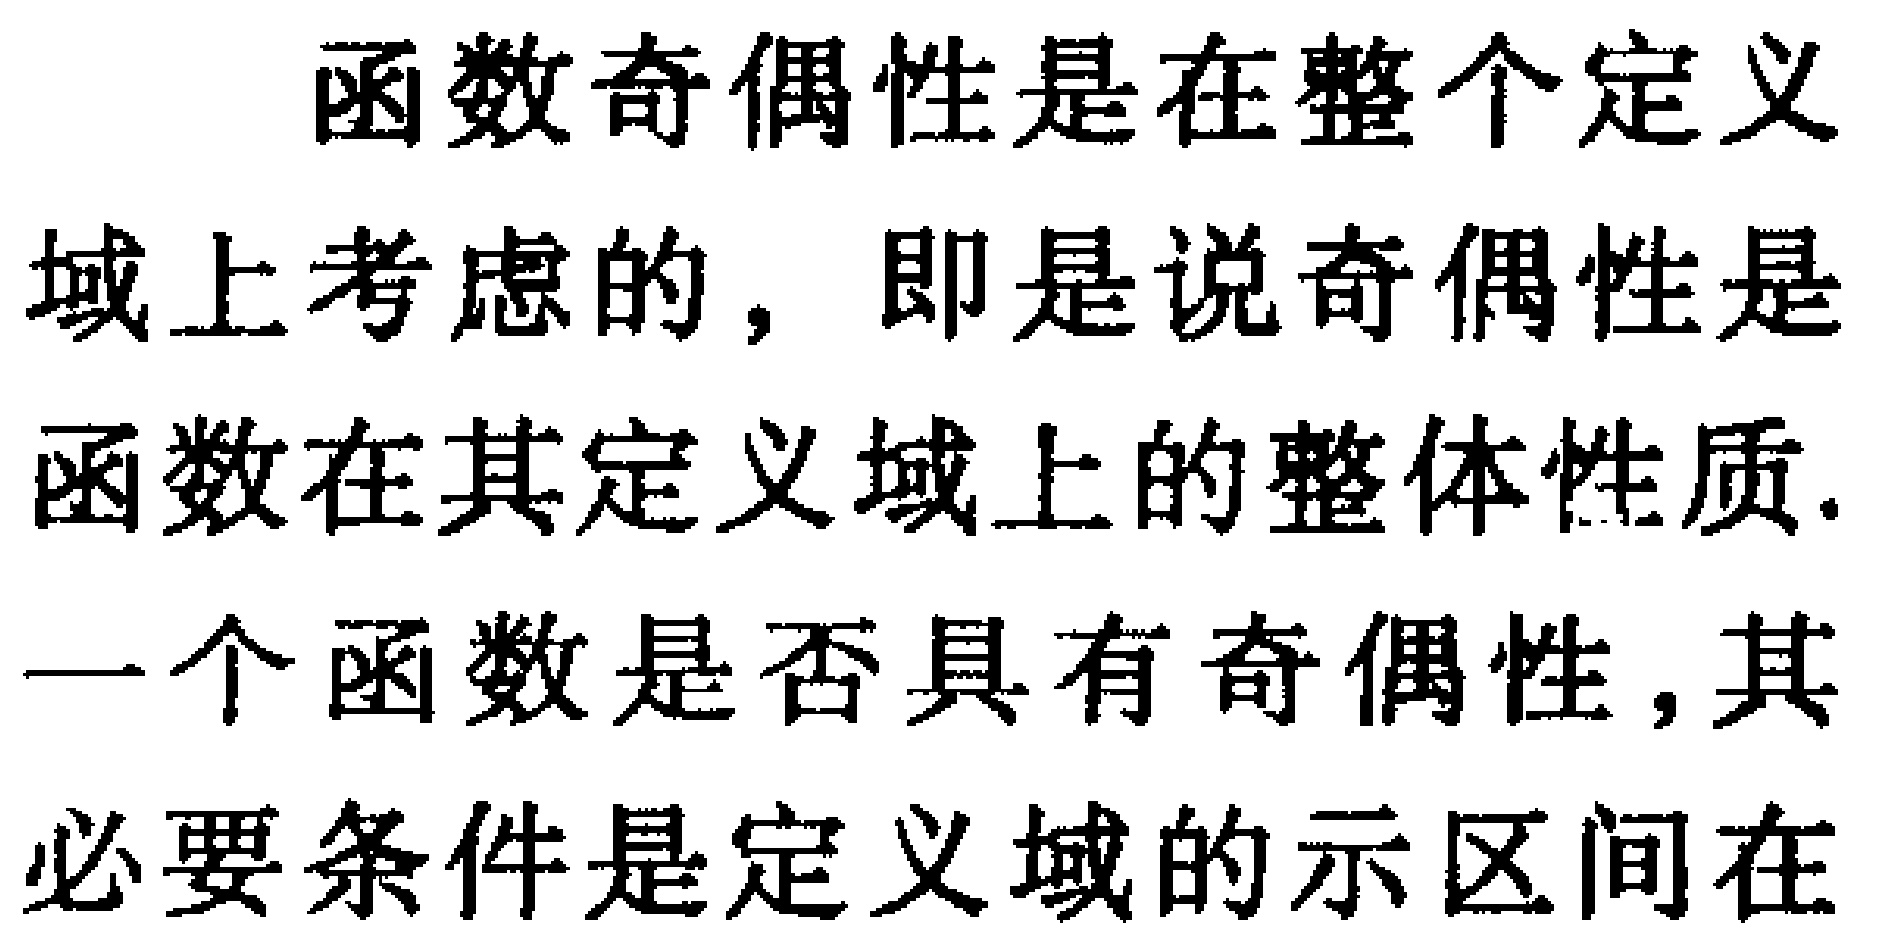
函数奇偶性是在整个定义域上考虑的，即是说奇偶性是函数在其定义域上的整体性质. 一个函数是否具有奇偶性, 其必要条件是定义域的示区间在